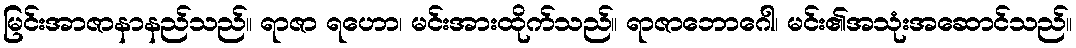
မြင်းအာဇာနာနည်သည်။ ရာဇာ ရဟော၊ မင်းအားထိုက်သည်။ ရာဇာဘောဂေါ၊ မင်း၏အသုံးအဆောင်သည်။